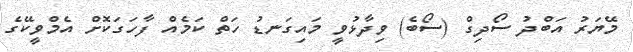
މޭޔަރު އަބްދު ސޯދިގް (ސޯބެ) ވިދާޅުވީ މައިގަނޑު ހަތް ކަމެއް ފާހަގަކޮށް އެމްވީކޭގެ